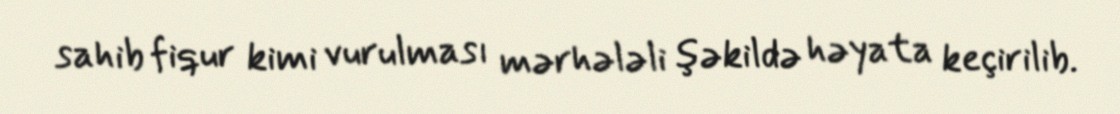
sahib fiqur kimi vurulması mərhələli şəkildə həyata keçirilib.